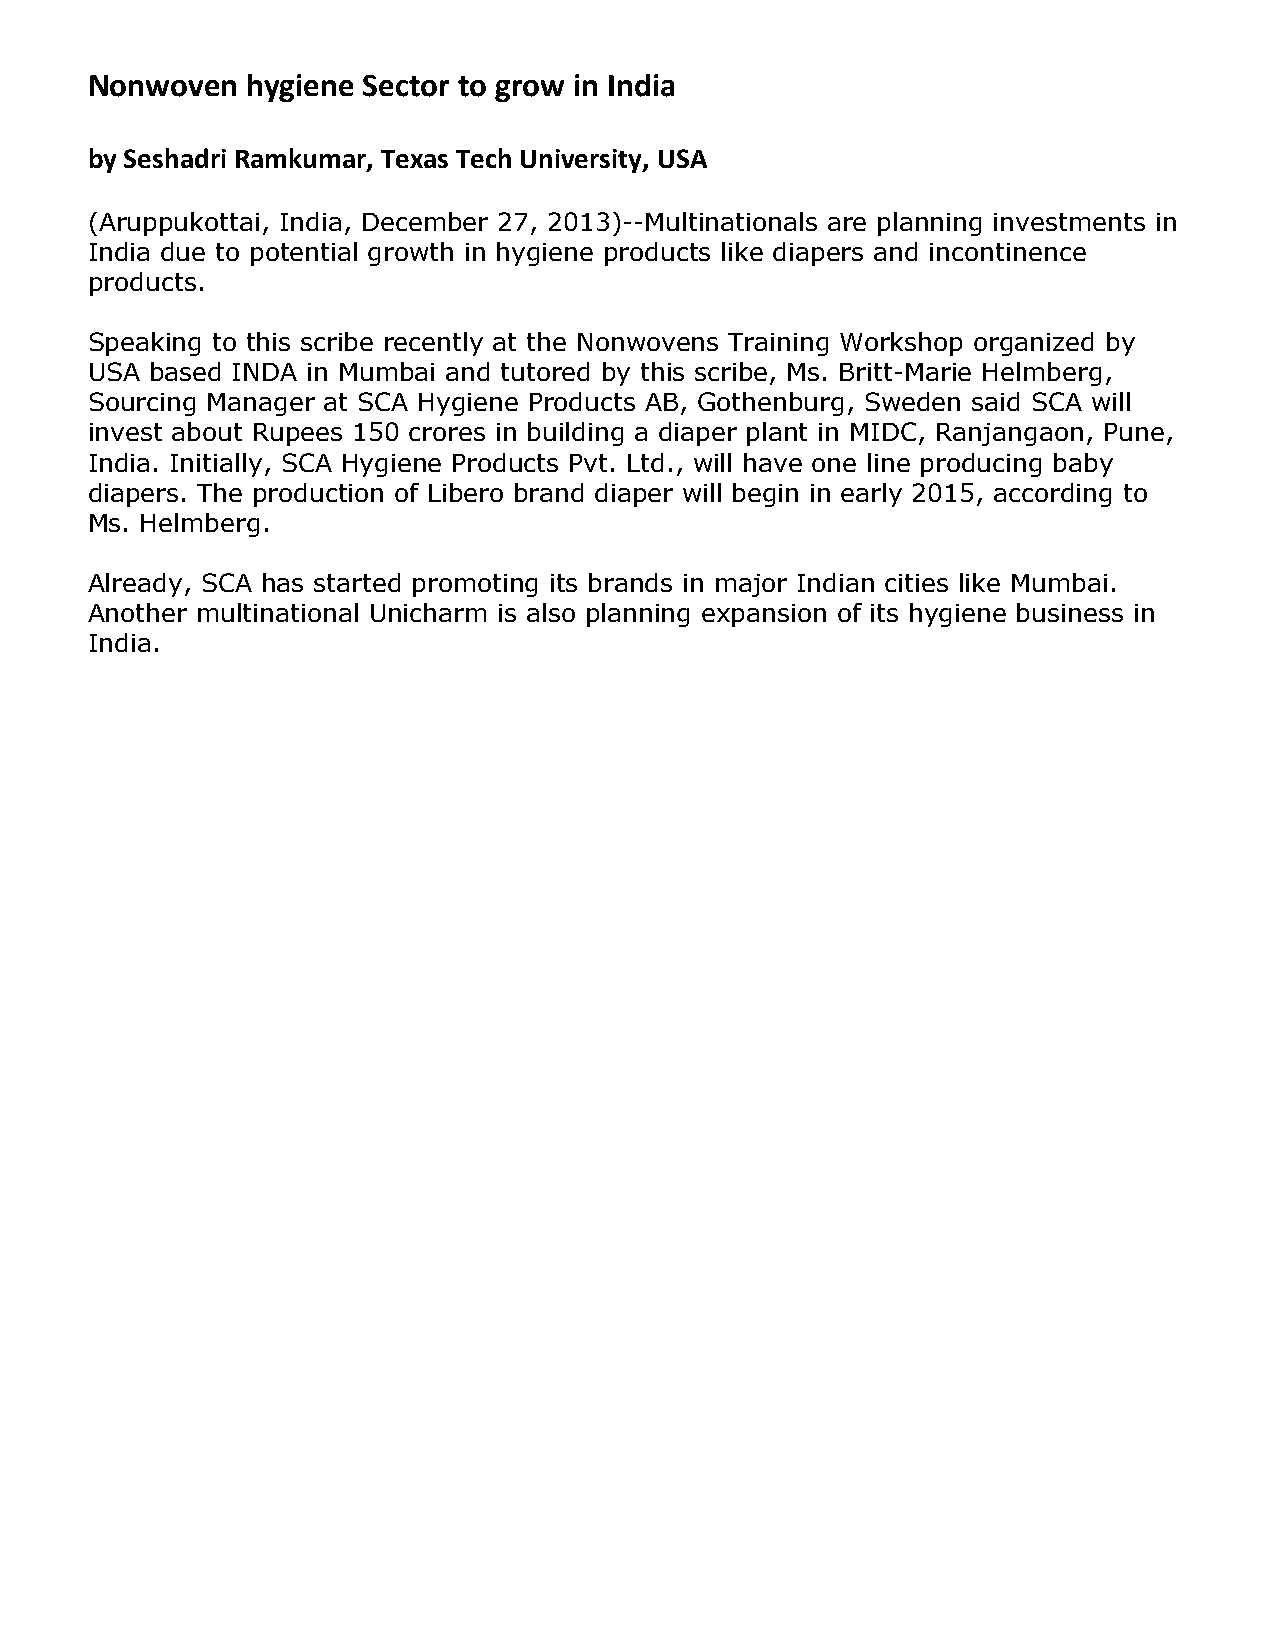
Nonwoven  hygiene Sector to grow in India
 by Seshadri Ramkumar, Texas Tech University, USA
 (Aruppukottai, India, December 27, 2013)--Multinationals are planning investments in
 India due to potential growth in hygiene products like diapers and incontinence
 products.
 Speaking to this scribe recently at the Nonwovens Training Workshop organized by
 USA based INDA in Mumbai and tutored by this scribe, Ms. Britt-Marie Helmberg,
 Sourcing Manager at SCA Hygiene Products AB, Gothenburg, Sweden said SCA will
 invest about Rupees 150 crores in building a diaper plant in MIDC, Ranjangaon, Pune,
 India. Initially, SCA Hygiene Products Pvt. Ltd., will have one line producing baby
 diapers. The production of Libero brand diaper will begin in early 2015, according to
 Ms. Helmberg.
 Already, SCA has started promoting its brands in major Indian cities like Mumbai.
 Another multinational Unicharm is also planning expansion of its hygiene business in
 India.